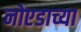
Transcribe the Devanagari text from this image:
नोएडाच्या